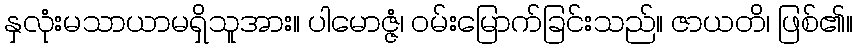
နှလုံးမသာယာမရှိသူအား။ ပါမောဇ္ဇံ၊ ဝမ်းမြောက်ခြင်းသည်။ ဇာယတိ၊ ဖြစ်၏။